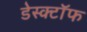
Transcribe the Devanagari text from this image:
डेस्क्टॉफ